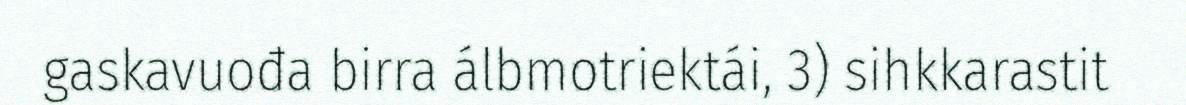
gaskavuođa birra álbmotriektái, 3) sihkkarastit